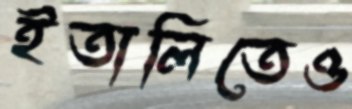
ইতালিতেও